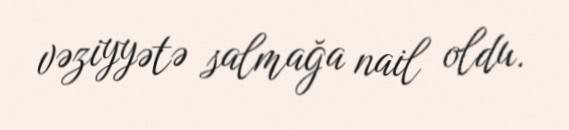
vəziyyətə salmağa nail oldu.